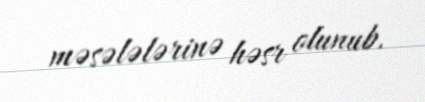
məsələlərinə həsr olunub.